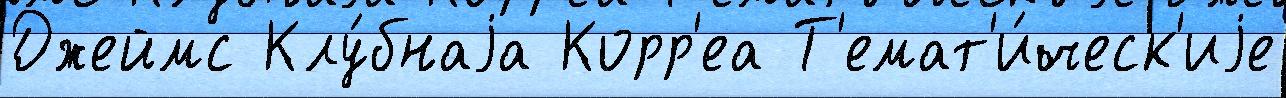
Джеймс Клу́бнаjа Корр'еа Т'емат'и́ческ'иjе